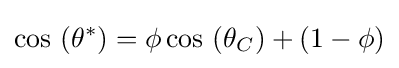
\cos \,\left(\theta ^{*}\right)=\phi \cos \,\left(\theta _{C}\right)+\left(1-\phi \right)